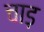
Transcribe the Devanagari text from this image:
चाड़